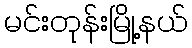
မင်းတုန်းမြို့နယ်